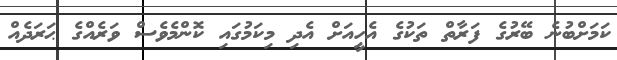
ކަމަށްބުނެ ބޭރުގެ ފަރާތް ތަކުގެ އެހީއަށް އެދި މިކަމުގައި ކޮންމެވެސް ވަރެއްގެ ޙަރަދެއް